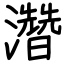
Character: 濳